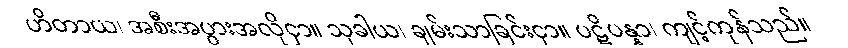
ဟိတာယ၊ အစီးအပွားအလိုငှာ။ သုခါယ၊ ချမ်းသာခြင်းငှာ။ ပဋိပန္နာ၊ ကျင့်ကုန်သည်။